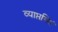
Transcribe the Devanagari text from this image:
व्याप्तमिदं